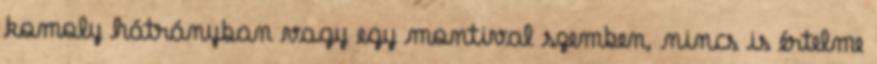
komoly hátrányban vagy egy montival szemben, nincs is értelme